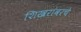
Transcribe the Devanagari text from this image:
शिखरांवरचे